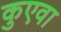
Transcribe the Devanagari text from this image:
कुएवा